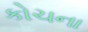
કોચના